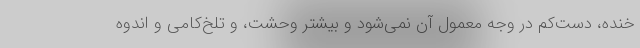
خنده، دست‌کم در وجه معمول آن نمی‌شود و بیشتر وحشت، و تلخ‌کامی و اندوه